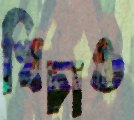
খিচাও